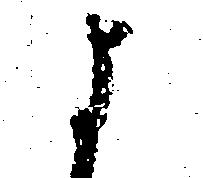
よ